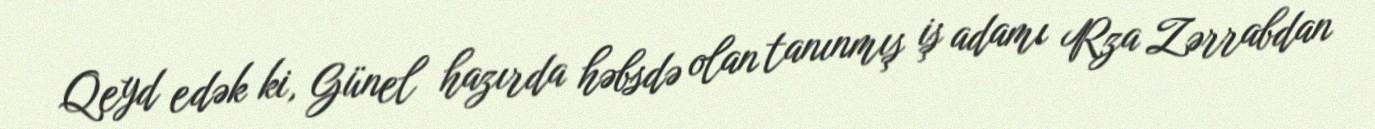
Qeyd edək ki, Günel hazırda həbsdə olan tanınmış iş adamı Rza Zərrabdan